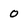
Character: o